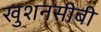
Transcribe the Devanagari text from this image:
खुशनसीबी